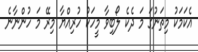
އެކަމަކު މިތަނުގަ މަ ދެކެ ލޯބިވާ މީހަކު ހުރިއްޔާ މިރޭ މަ ހުންނާނެ